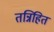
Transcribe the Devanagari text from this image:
तन्निहित